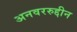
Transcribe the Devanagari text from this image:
अनवररुद्दीन